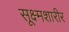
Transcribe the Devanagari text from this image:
सूक्ष्मशारीर